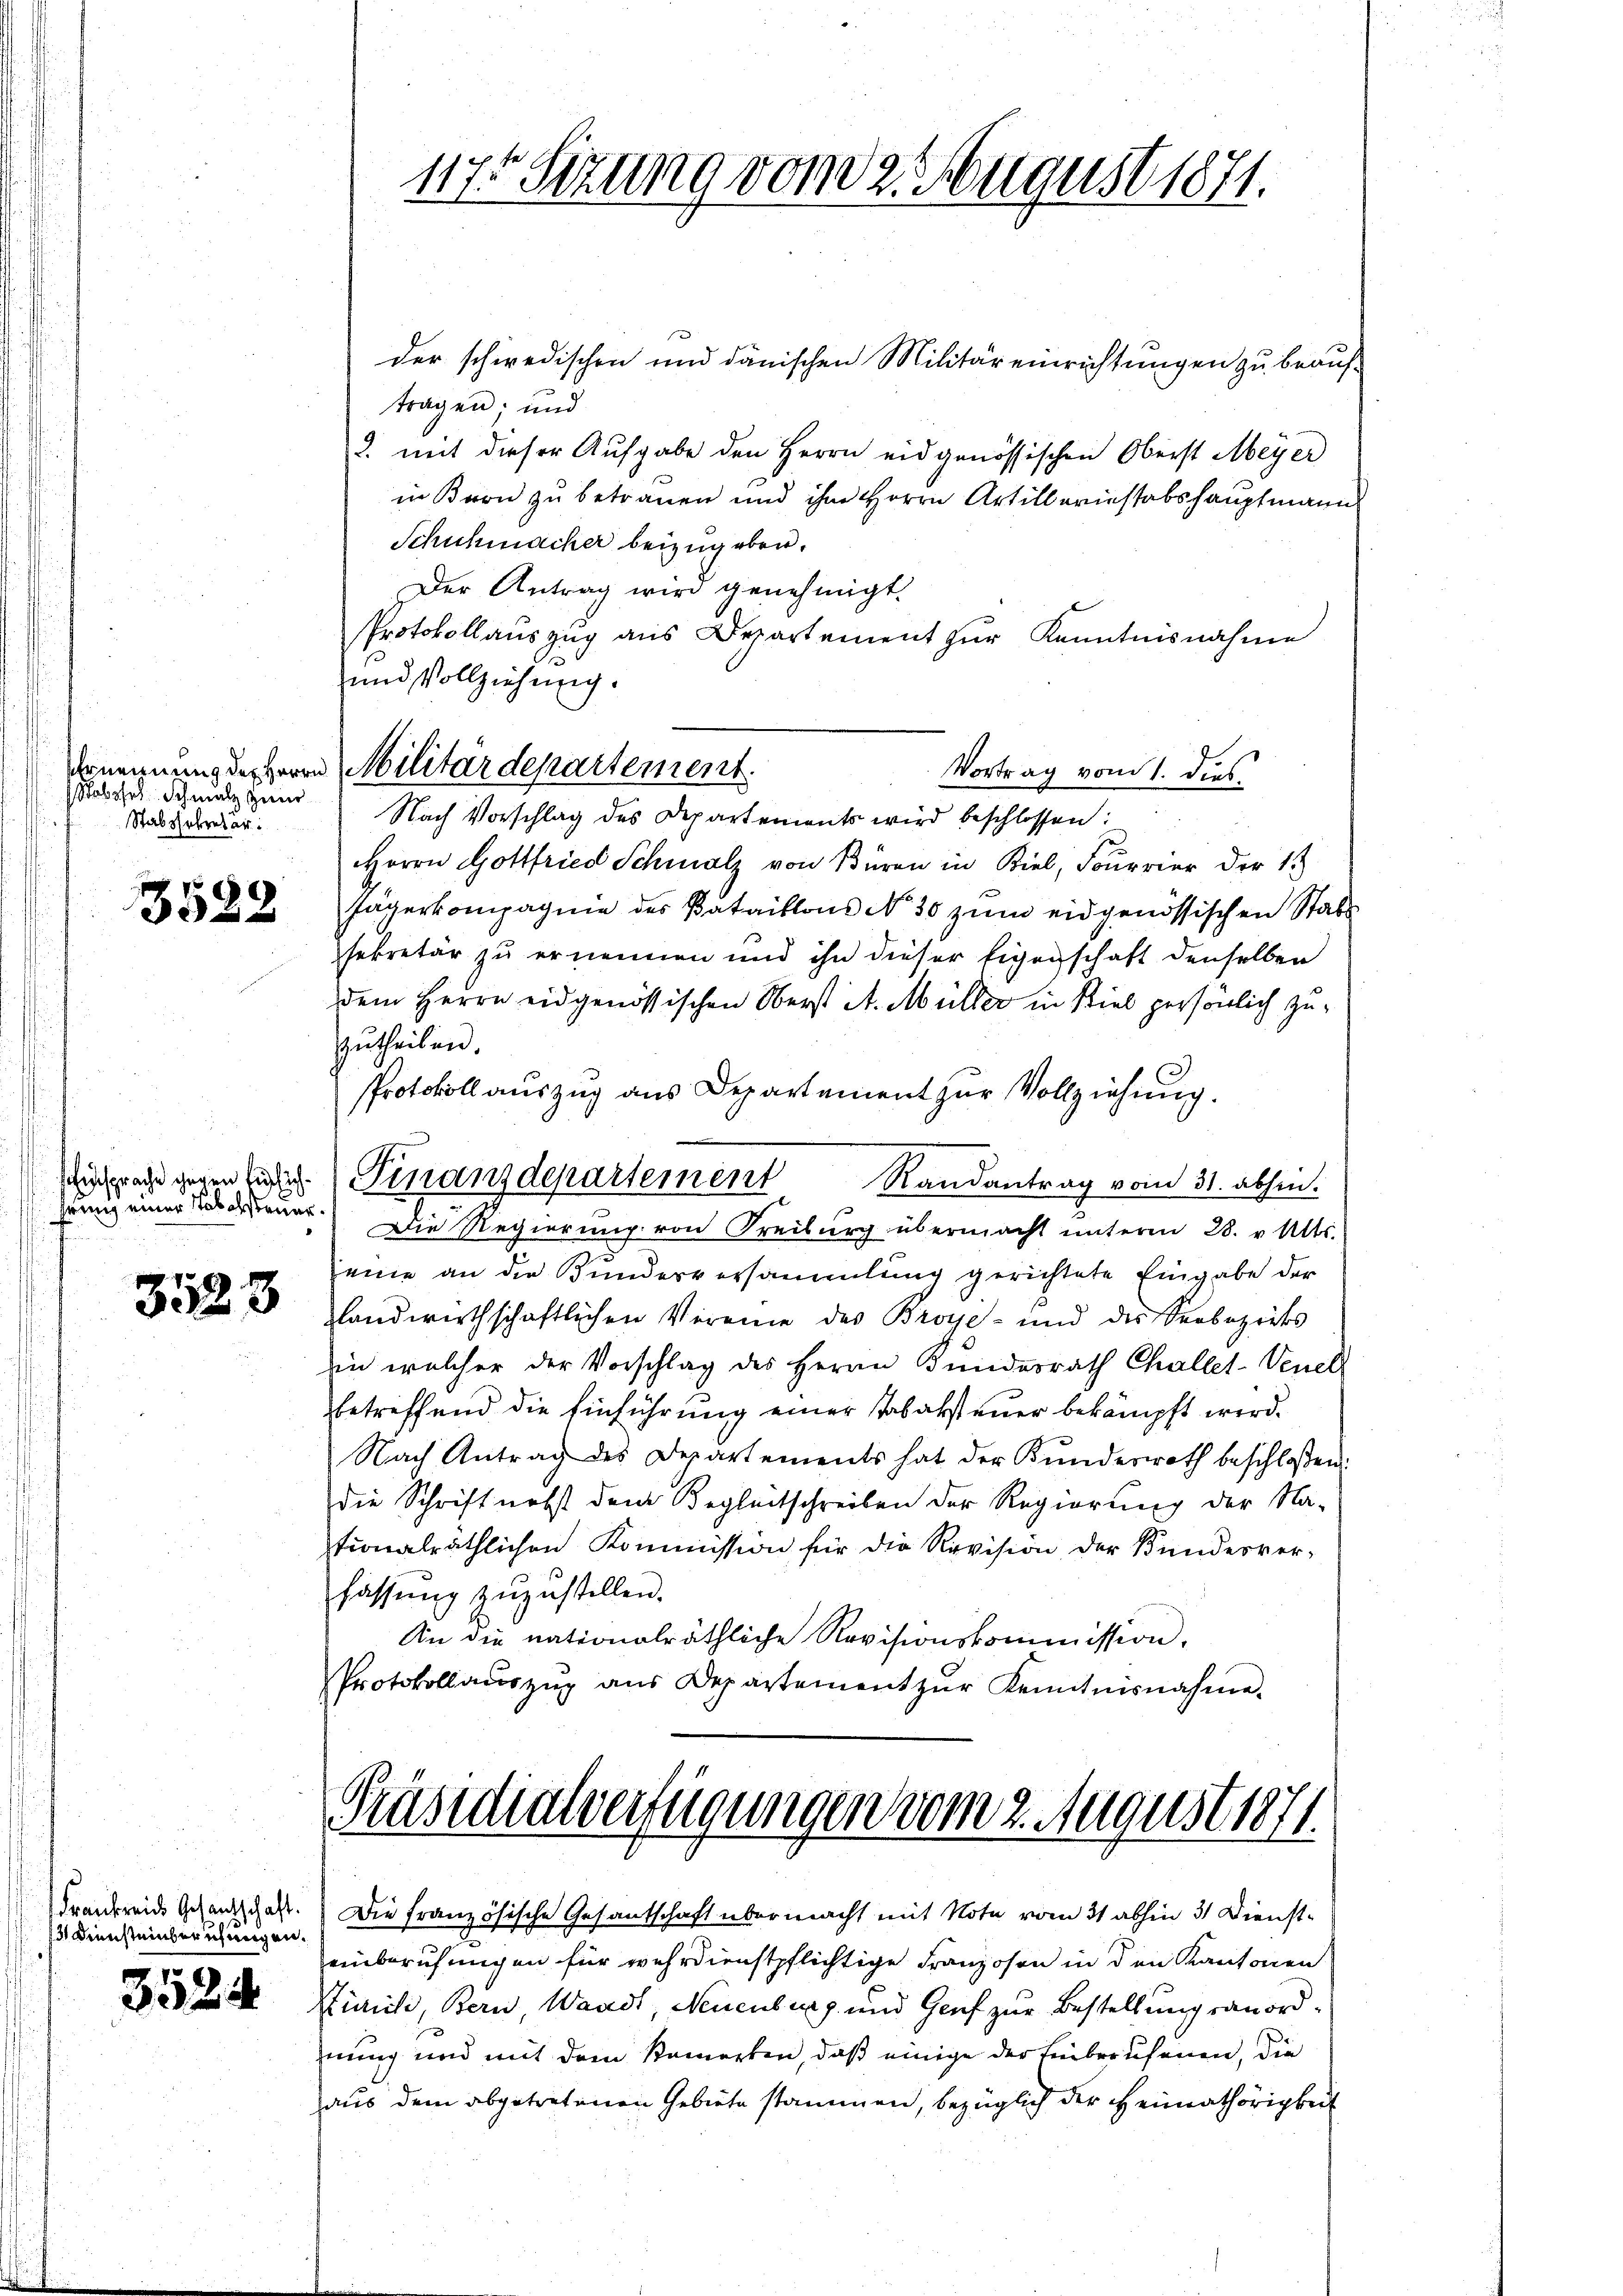
Robssel Schmalz zuer
Stabssekretär.

3588

Einsprache gegen füglichhrung einer Tabelsteuer¬

3523

Frankreichs Gesantschaft.
3) Diensteinberuhigen.

3524

der schwedischen und dänischen Militär einrichtungen zu beauftragen; und
2. mit dieser Aufgabe den Herrn eidgenössischen Oberst Meyer
in Bron zu betrauen und ihm Herrn Artilleriestabshauptmann
Schuhmacher beizugeben.
Der Antrag wird genehmigt.
Protokollauszug aus Departement zur Kenntnisnahme
und Vollziehung.
Vortrag vom 1. dies
Nach Vorschlag des Departements wird beschlossen:
Herrn Gottfried Schmalz von Büren in Biel, Fourrier der 13
Jägerkompagnie des Bataillons No 30 zum eidgenössischen Stabs
sekretär zu ernennen und ihn dieser Eigenschaft denselben
dem Herrn eidgenössischen Oberst At. Müller in Kiel persönlich zuzutheilen.
Protokoll auszug aus Departement zur Vollziehung.
Randantrag vom 31. abhin.
Die Regierung von Freiburg übermacht ŭnterm 28. v. Mts.
eine an die Bundesversammlung gerichtete Eingabe der
glandwirthschaftlichen Vereine des Broye- und des Seebezirks
in welcher der Vorschlag des Herrn Bundesrath Challet-Venel
betreffend die Einführung einer Tobaksteuer bekämpft wird.
Nach Antrag des Departements hat der Kundesrath beschloßen:
die Schrift nebst dem Begleitschreiben der Regierung der Na-
tionalräthlichen Kommission für die Revision der Bundesver-
fassŭng zŭzŭstellen.
An die nationalräthliche Revisionskommission.
Protokollaŭszŭg aŭs Departement zŭr Kenntnisnahme.
Präsidialverfügungen vom 2. August 1871.
Die französische Gesantschaft übermacht mit Note vom 31 abhin 31 Diensteinberufungen für wehrdienstpflichtige Franzosen in den Kantonen
Zürich, Bern Waadt, Neuenburg und Genf zur Bestellung ranordnung und mit dem Bemerken, daß einige der Einberufenen, die
aus dem abgetretenen Gebiete stammen, bezüglich der Heimathörigkeit

1175 Sizung von 22. August 1871.

Vernennung desherrn Militärdepartement.

Finanzdepartement